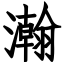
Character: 瀚